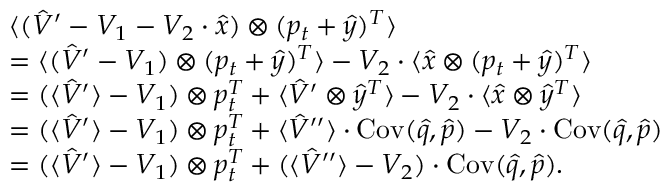
\begin{array} { r l } & { \langle ( \hat { V } ^ { \prime } - V _ { 1 } - V _ { 2 } \cdot \hat { x } ) \otimes ( p _ { t } + \hat { y } ) ^ { T } \rangle } \\ & { = \langle ( \hat { V } ^ { \prime } - V _ { 1 } ) \otimes ( p _ { t } + \hat { y } ) ^ { T } \rangle - V _ { 2 } \cdot \langle \hat { x } \otimes ( p _ { t } + \hat { y } ) ^ { T } \rangle } \\ & { = ( \langle \hat { V } ^ { \prime } \rangle - V _ { 1 } ) \otimes p _ { t } ^ { T } + \langle \hat { V } ^ { \prime } \otimes \hat { y } ^ { T } \rangle - V _ { 2 } \cdot \langle \hat { x } \otimes \hat { y } ^ { T } \rangle } \\ & { = ( \langle \hat { V } ^ { \prime } \rangle - V _ { 1 } ) \otimes p _ { t } ^ { T } + \langle \hat { V } ^ { \prime \prime } \rangle \cdot \operatorname { C o v } ( \hat { q } , \hat { p } ) - V _ { 2 } \cdot \operatorname { C o v } ( \hat { q } , \hat { p } ) } \\ & { = ( \langle \hat { V } ^ { \prime } \rangle - V _ { 1 } ) \otimes p _ { t } ^ { T } + ( \langle \hat { V } ^ { \prime \prime } \rangle - V _ { 2 } ) \cdot \operatorname { C o v } ( \hat { q } , \hat { p } ) . } \end{array}